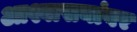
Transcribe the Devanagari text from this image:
आश्वासनांवर